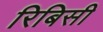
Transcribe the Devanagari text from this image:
रिबिसी